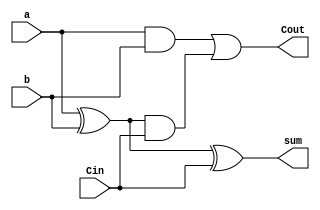
`timescale 1ns / 1ps
//////////////////////////////////////////////////////////////////////////////////
// Company: 
// Engineer: 
// 
// Design Name: 
// Module Name:    Q1_st 
// Project Name: 
// Target Devices: 
// Tool versions: 
// Description: 
//
// Dependencies: 
//
// Revision: 
// Revision 0.01 - File Created
// Additional Comments: 
//
//////////////////////////////////////////////////////////////////////////////////
module Q1_st(
    input a,
    input b,
    input Cin,
    output sum,
    output Cout
    );
     
     //sum
     xor g1 (sum , a,b,Cin);
    
     //Cout
     wire t1, t2, t3;
     and ab (t1, a, b);
     xor xab (t2, a, b);
     and ab2 (t3, t2, Cin);
     or final (Cout, t1, t3);

endmodule